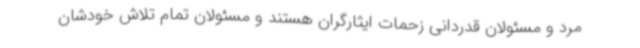
مرد و مسئولان قدردانی زحمات ایثارگران هستند و مسئولان تمام تلاش خودشان